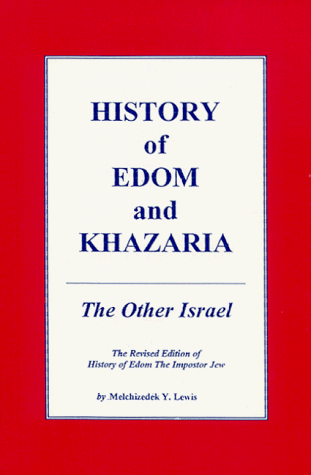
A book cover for History of Edom and Khazaria; Melchizedek Y. Lewis; History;